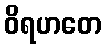
ဝိရဟတေ